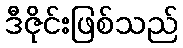
ဒီဇိုင်းဖြစ်သည်